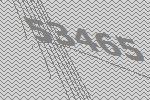
53465